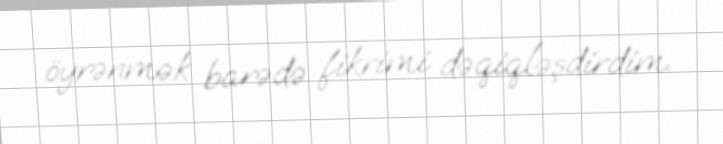
öyrənmək barədə fikrimi dəqiqləşdirdim.